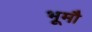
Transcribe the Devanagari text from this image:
भूमौ